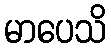
မာပေသိ